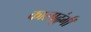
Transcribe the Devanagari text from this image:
कालाढुंगी